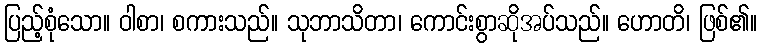
ပြည့်စုံသော။ ဝါစာ၊ စကားသည်။ သုဘာသိတာ၊ ကောင်းစွာဆိုအပ်သည်။ ဟောတိ၊ ဖြစ်၏။